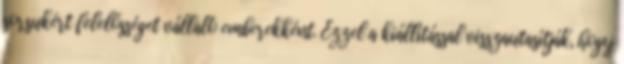
sorsukért felelősséget vállaló emberekként. Ezzel a kiállítással visszautasítják, hogy